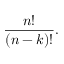
{ \frac { n ! } { ( n - k ) ! } } .